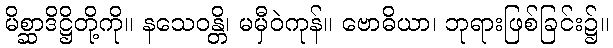
မိစ္ဆာဒိဋ္ဌိတို့ကို။ နသေဝန္တိ၊ မမှီဝဲကုန်။ ဗောဓိယာ၊ ဘုရားဖြစ်ခြင်း၌။